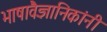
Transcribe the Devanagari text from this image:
भाषावैज्ञानिकांनी